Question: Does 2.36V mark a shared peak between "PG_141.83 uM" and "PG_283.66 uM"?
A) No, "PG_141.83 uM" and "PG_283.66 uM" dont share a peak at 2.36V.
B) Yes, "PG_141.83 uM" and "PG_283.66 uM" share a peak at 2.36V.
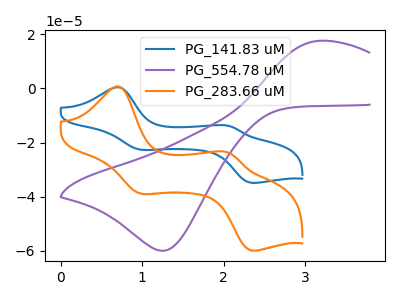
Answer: <think>The blue curve "PG_141.83 uM" has anodic peaks at (0.70V, 0.40uA) (2.05V, -13.80uA) and cathodic peaks at (1.00V, -22.65uA) (2.35V, -34.90uA). The purple curve "PG_554.78 uM" has an anodic peak at (3.15V, 17.55uA) and a cathodic peak at (1.25V, -59.95uA). The orange curve "PG_283.66 uM" has anodic peaks at (0.70V, 0.70uA) (2.05V, -23.65uA) and cathodic peaks at (1.00V, -38.90uA) (2.35V, -59.90uA).</think>
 <answer>B) Yes, "PG_141.83 uM" and "PG_283.66 uM" share a peak at 2.36V.</answer>
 <eval>B</eval>